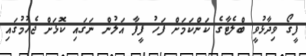
ފީގޯ ވިދާޅުވީ ބްލެޓާގެ ކަންކަމަށް ފަހު ފީފާ އަލުން ނަގައި ކޮޅަށް ޖެހުމުގައި